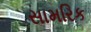
સામરિક